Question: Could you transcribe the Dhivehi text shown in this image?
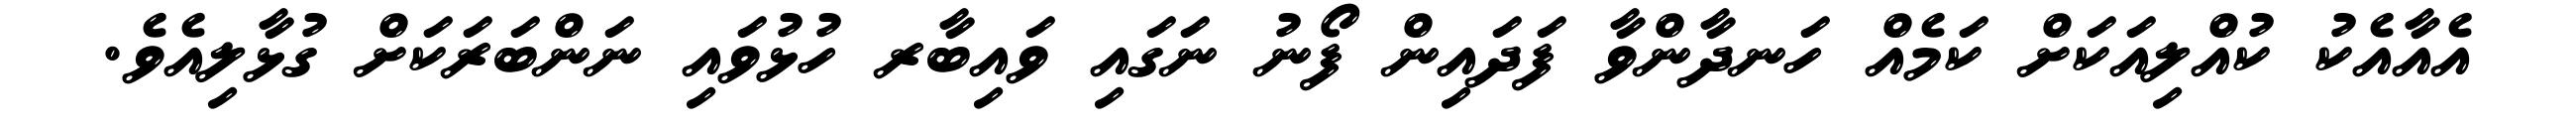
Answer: އެއާއެކު ކުއްލިއަކަށް ކަމެއް ހަނދާންވާ ފަދައިން ފޯނު ނަގައި ވައިބާރ ހުޅުވައި ނަންބަރަކަށް ގުޅާލިއެވެ.